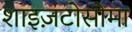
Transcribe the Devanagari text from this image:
शाइज़टोसोमा